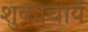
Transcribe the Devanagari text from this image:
शुकाचार्य